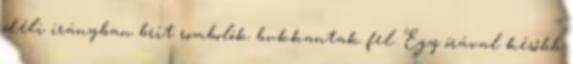
déli irányban brit rombolók bukkantak fel. Egy órával később